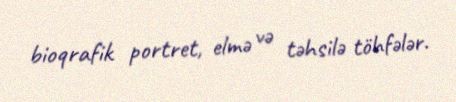
bioqrafik portret, elmə və təhsilə töhfələr.